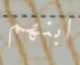
ابنهم